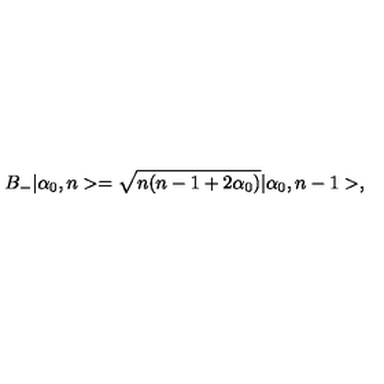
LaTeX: B _ { - } | \alpha _ { 0 } , n > = \sqrt { n ( n - 1 + 2 \alpha _ { 0 } ) } | \alpha _ { 0 } , n - 1 > ,